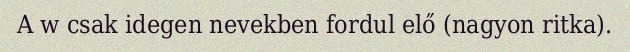
A w csak idegen nevekben fordul elő (nagyon ritka).